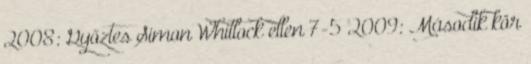
2008: Győztes Simon Whitlock ellen 7-5 2009: Második kör